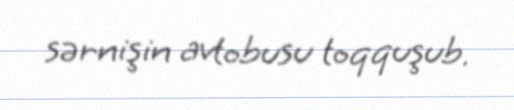
sərnişin avtobusu toqquşub.